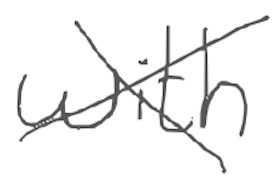
Text: with
Cross-out: cross
Writing tool: digital_gray